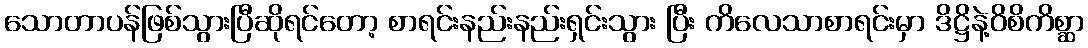
သောတာပန်ဖြစ်သွားပြီဆိုရင်တော့ စာရင်းနည်းနည်းရှင်းသွား ပြီး ကိလေသာစာရင်းမှာ ဒိဋ္ဌိနဲ့ဝိစိကိစ္ဆာ